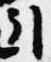
引